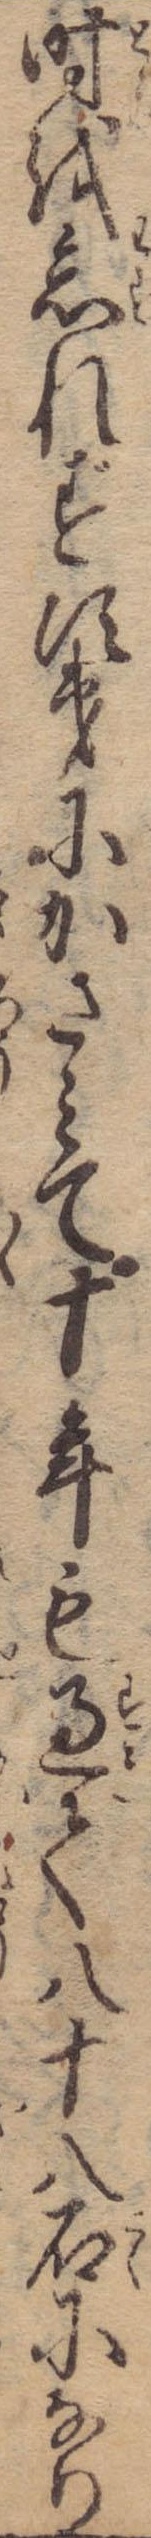
時を忘れず次第にかさみて十年も過て八十八石になり